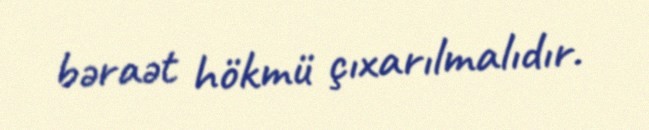
bəraət hökmü çıxarılmalıdır.